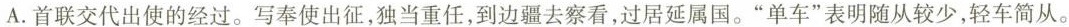
A.首联交代出使的经过。写奉使出征，独当重任，到边疆去察看，过居延属国。”单车”表明随从较少，轻车简从。